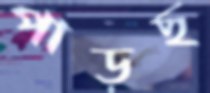
পাড়ছ